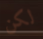
لكن